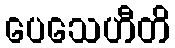
ပေသေဟီတိ